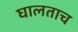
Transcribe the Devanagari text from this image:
घालताच